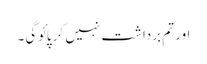
اور تم برداشت نہیں کر پائوگی۔